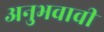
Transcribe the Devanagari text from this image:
अनुभवावी